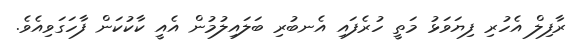
ރާފިލް އެހުރި ފިޔަވަޅު މަތީ ހުރެފައި އެނބުރި ބަލައިލުމުން އެއީ ކާކުކަން ފާހަގަވިއެވެ.